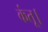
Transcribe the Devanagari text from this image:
कंतू।